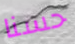
حسنا